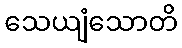
သေယျံသောတိ